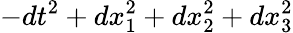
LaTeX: -dt^{2}+dx_{1}^{2}+dx_{2}^{2}+dx_{3}^{2}